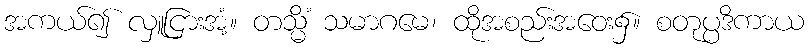
အကယ်၍ လှူငြားအံ့။ တသ္မိံ သမာဂမေ၊ ထိုအစည်းအဝေး၌။ စတုပ္ပဒိကာယ